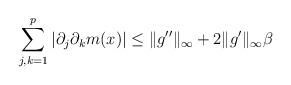
LaTeX: \begin{align*}\sum_{j,k=1}^p |\partial_j\partial_k m(x)|\leq \|g''\|_\infty+2\|g'\|_\infty \beta\end{align*}